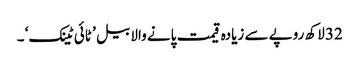
32 لاکھ روپے سے زیادہ قیمت پانے والا بیل ’ ٹائی ٹینک‘ ۔